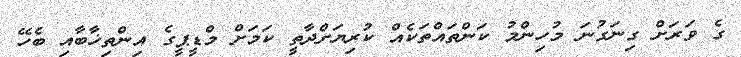
ގެ ވަރަށް ގިނަގުނަ މުހިންމު ކަންތައްތަކެއް ކުރިޔަށްދާތީ ކަމަށް މްޑީޕީގެ އިންތިޚާބާއި ބެހޭ